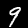
Digit: 9